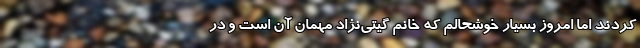
کردند اما امروز بسیار خوشحالم که خانم گیتی‌نژاد مهمان آن است و در